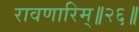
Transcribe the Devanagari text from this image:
रावणारिम्‌॥२६॥